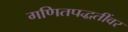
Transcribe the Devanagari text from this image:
गणितपद्धतींवर